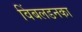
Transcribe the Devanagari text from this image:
विंबलडनका